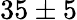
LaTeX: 35\pm 5